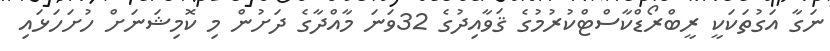
ނަގާ އަގުތަކަކީ ރީބްރޯޑްކާސްޓްކުރުމުގެ ޤަވާއިދުގެ 32ވަނަ މާއްދާގެ ދަށުން މި ކޮމިޝަނަށް ހުށަހަޅައި